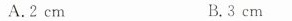
A.2cm B.3cm